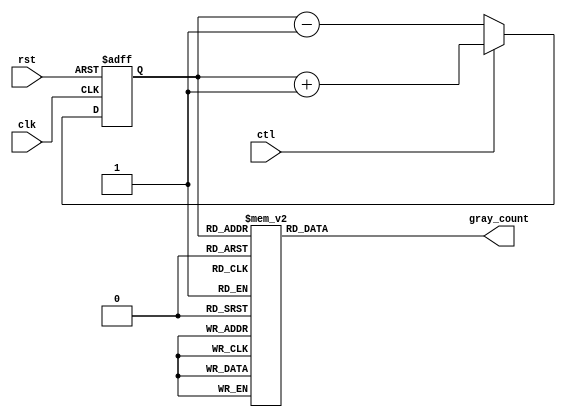
module gray_counter(
    input wire clk,
    input wire rst,
    input wire ctl,
    output reg [N-1:0] gray_count
);

parameter N = 4; // Change N to adjust the number of bits in the counter

reg [N-1:0] binary_count;
reg [N-1:0] next_binary_count;

always @(posedge clk or posedge rst) begin
    if (rst) begin
        binary_count <= 0;
    end else begin
        if (ctl) begin
            next_binary_count = binary_count + 1;
        end else begin
            next_binary_count = binary_count - 1;
        end

        binary_count <= next_binary_count;
    end
end

always @(binary_count) begin
    case(binary_count)
        4'b0000: gray_count = 4'b0000;
        4'b0001: gray_count = 4'b0001;
        4'b0011: gray_count = 4'b0010;
        4'b0010: gray_count = 4'b0011;
        4'b0110: gray_count = 4'b0100;
        4'b0111: gray_count = 4'b0101;
        4'b0101: gray_count = 4'b0110;
        4'b0100: gray_count = 4'b0111;
        4'b1100: gray_count = 4'b1000;
        4'b1101: gray_count = 4'b1001;
        4'b1111: gray_count = 4'b1010;
        4'b1110: gray_count = 4'b1011;
        4'b1010: gray_count = 4'b1100;
        4'b1011: gray_count = 4'b1101;
        4'b1001: gray_count = 4'b1110;
        4'b1000: gray_count = 4'b1111;
        default: gray_count = 4'bxxxx;
    endcase
end

endmodule